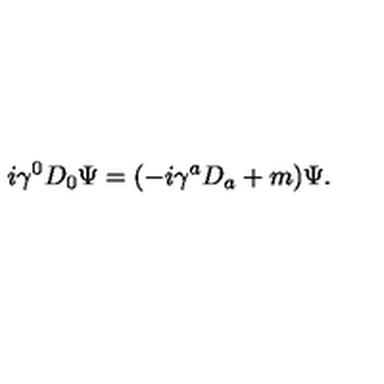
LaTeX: i \gamma ^ { 0 } D _ { 0 } \Psi = ( - i \gamma ^ { a } D _ { a } + m ) \Psi .